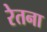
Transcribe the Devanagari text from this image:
रेतना